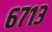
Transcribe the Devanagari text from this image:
६७१३